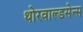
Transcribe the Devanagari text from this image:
थोरवाल्डसेन्स